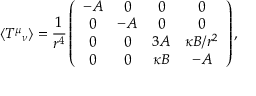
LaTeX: \left< T ^ { \mu } { } _ { \nu } \right> = \frac { 1 } { r ^ { 4 } } \left( \begin{array} { c c c c } { { - A } } & { { 0 } } & { { 0 } } & { { 0 } } \\ { { 0 } } & { { - A } } & { { 0 } } & { { 0 } } \\ { { 0 } } & { { 0 } } & { { 3 A } } & { { \kappa B / r ^ { 2 } } } \\ { { 0 } } & { { 0 } } & { { \kappa B } } & { { - A } } \end{array} \right) ,